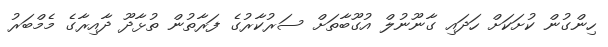
ހިންގުން ކުށަކަށް ހަދައި ގާނޫނުލް އުގޫބާތަށް ސަރުކާރުގެ ފަރާތުން ތުޅާދޫ ދާއިރާގެ މެމްބަރު